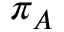
\pi _ { A }